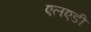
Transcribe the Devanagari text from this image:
एलएडी